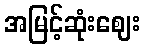
အမြင့်ဆုံးဈေး